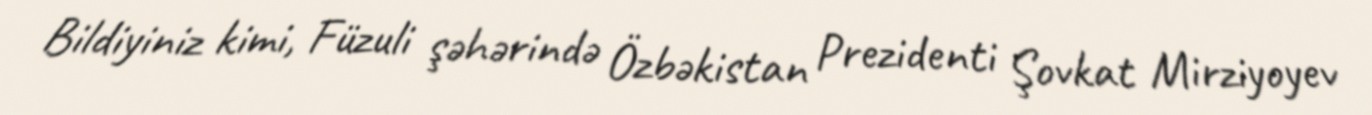
Bildiyiniz kimi, Füzuli şəhərində Özbəkistan Prezidenti Şovkat Mirziyoyev